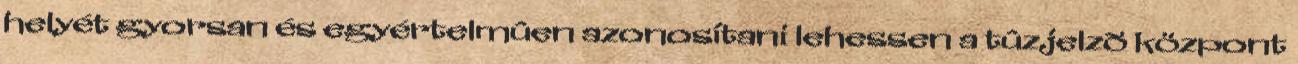
helyét gyorsan és egyértelmûen azonosítani lehessen a tûzjelzõ központ